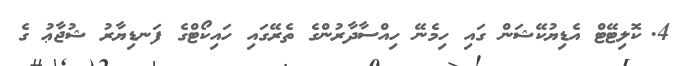
4.	ކޮލިޓޭޓް އެޑިޔުކޭޝަން ގައި ހިމެނޭ ހިއްސާދާރުންގެ ތެރޭގައި ހައިކޯޓްގެ ފަނޑިޔާރު ޝުޖާޢު ގެ